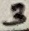
Text: 3